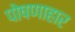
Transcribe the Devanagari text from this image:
पोषणाहार